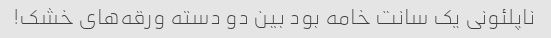
ناپلئونی یک سانت خامه بود بین دو دسته ورقه‌های خشک!